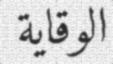
الوقاية